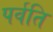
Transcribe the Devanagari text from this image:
पर्वति